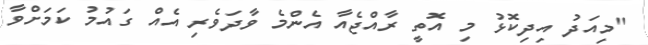
"މިއަދު އިދިކޮޅު މި އޮތީ ރާއްޖެއާ އެންމެ ވާދަވެރި އެއް ގައުމު ކަމަށްވާ